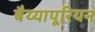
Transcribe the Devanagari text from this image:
बैय्यापूरियन